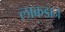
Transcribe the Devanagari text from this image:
लाकडाने